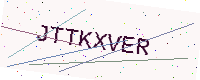
Text: JTTKXVER